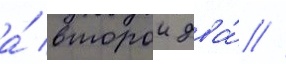
а́ второи два́ //